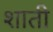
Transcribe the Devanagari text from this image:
शाती